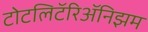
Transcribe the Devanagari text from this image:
टोटलिटॅरिॲनिझम